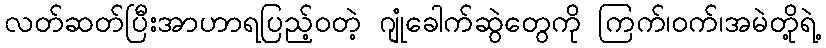
လတ်ဆတ်ပြီးအာဟာရပြည့်ဝတဲ့ ဂျုံခေါက်ဆွဲတွေကို ကြက်၊ဝက်၊အမဲတို့ရဲ့